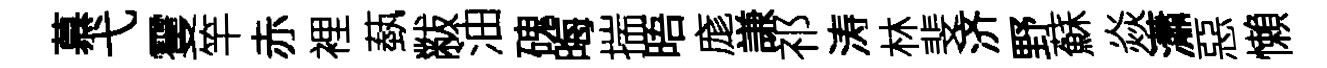
慕弋䨥竿赤裡蓺黻油磈晦揣晤庬謙祁涛林斐济野蘇焱瀟惡懶